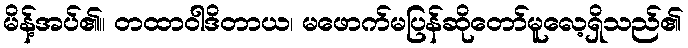
မိန့်အပ်၏။ တထာဝါဒိတာယ၊ မဖောက်မပြန်ဆိုတော်မူလေ့ရှိသည်၏